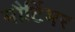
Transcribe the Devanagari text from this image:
मौर्टिमर